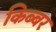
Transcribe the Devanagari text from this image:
किब्‍बर